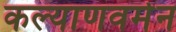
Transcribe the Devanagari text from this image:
कल्याणवर्मन